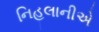
નિહલાનીએ